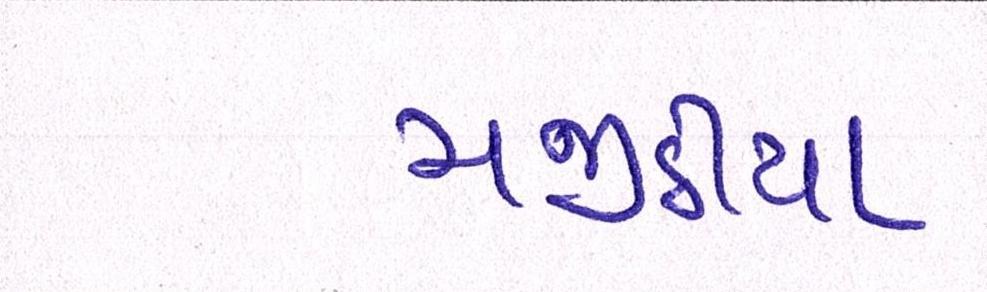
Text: મજીઠીયા